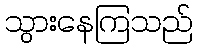
သွားနေကြသည်